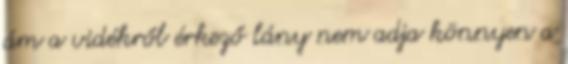
ám a vidékről érkező lány nem adja könnyen a